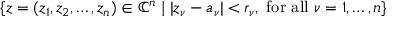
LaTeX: \{ z = ( z _ { 1 } , z _ { 2 } , \dots , z _ { n } ) \in { \mathbb { C } } ^ { n } \mid | z _ { \nu } - a _ { \nu } | < r _ { \nu } , { \mathrm { ~ f o r ~ a l l ~ } } \nu = 1 , \dots , n \}